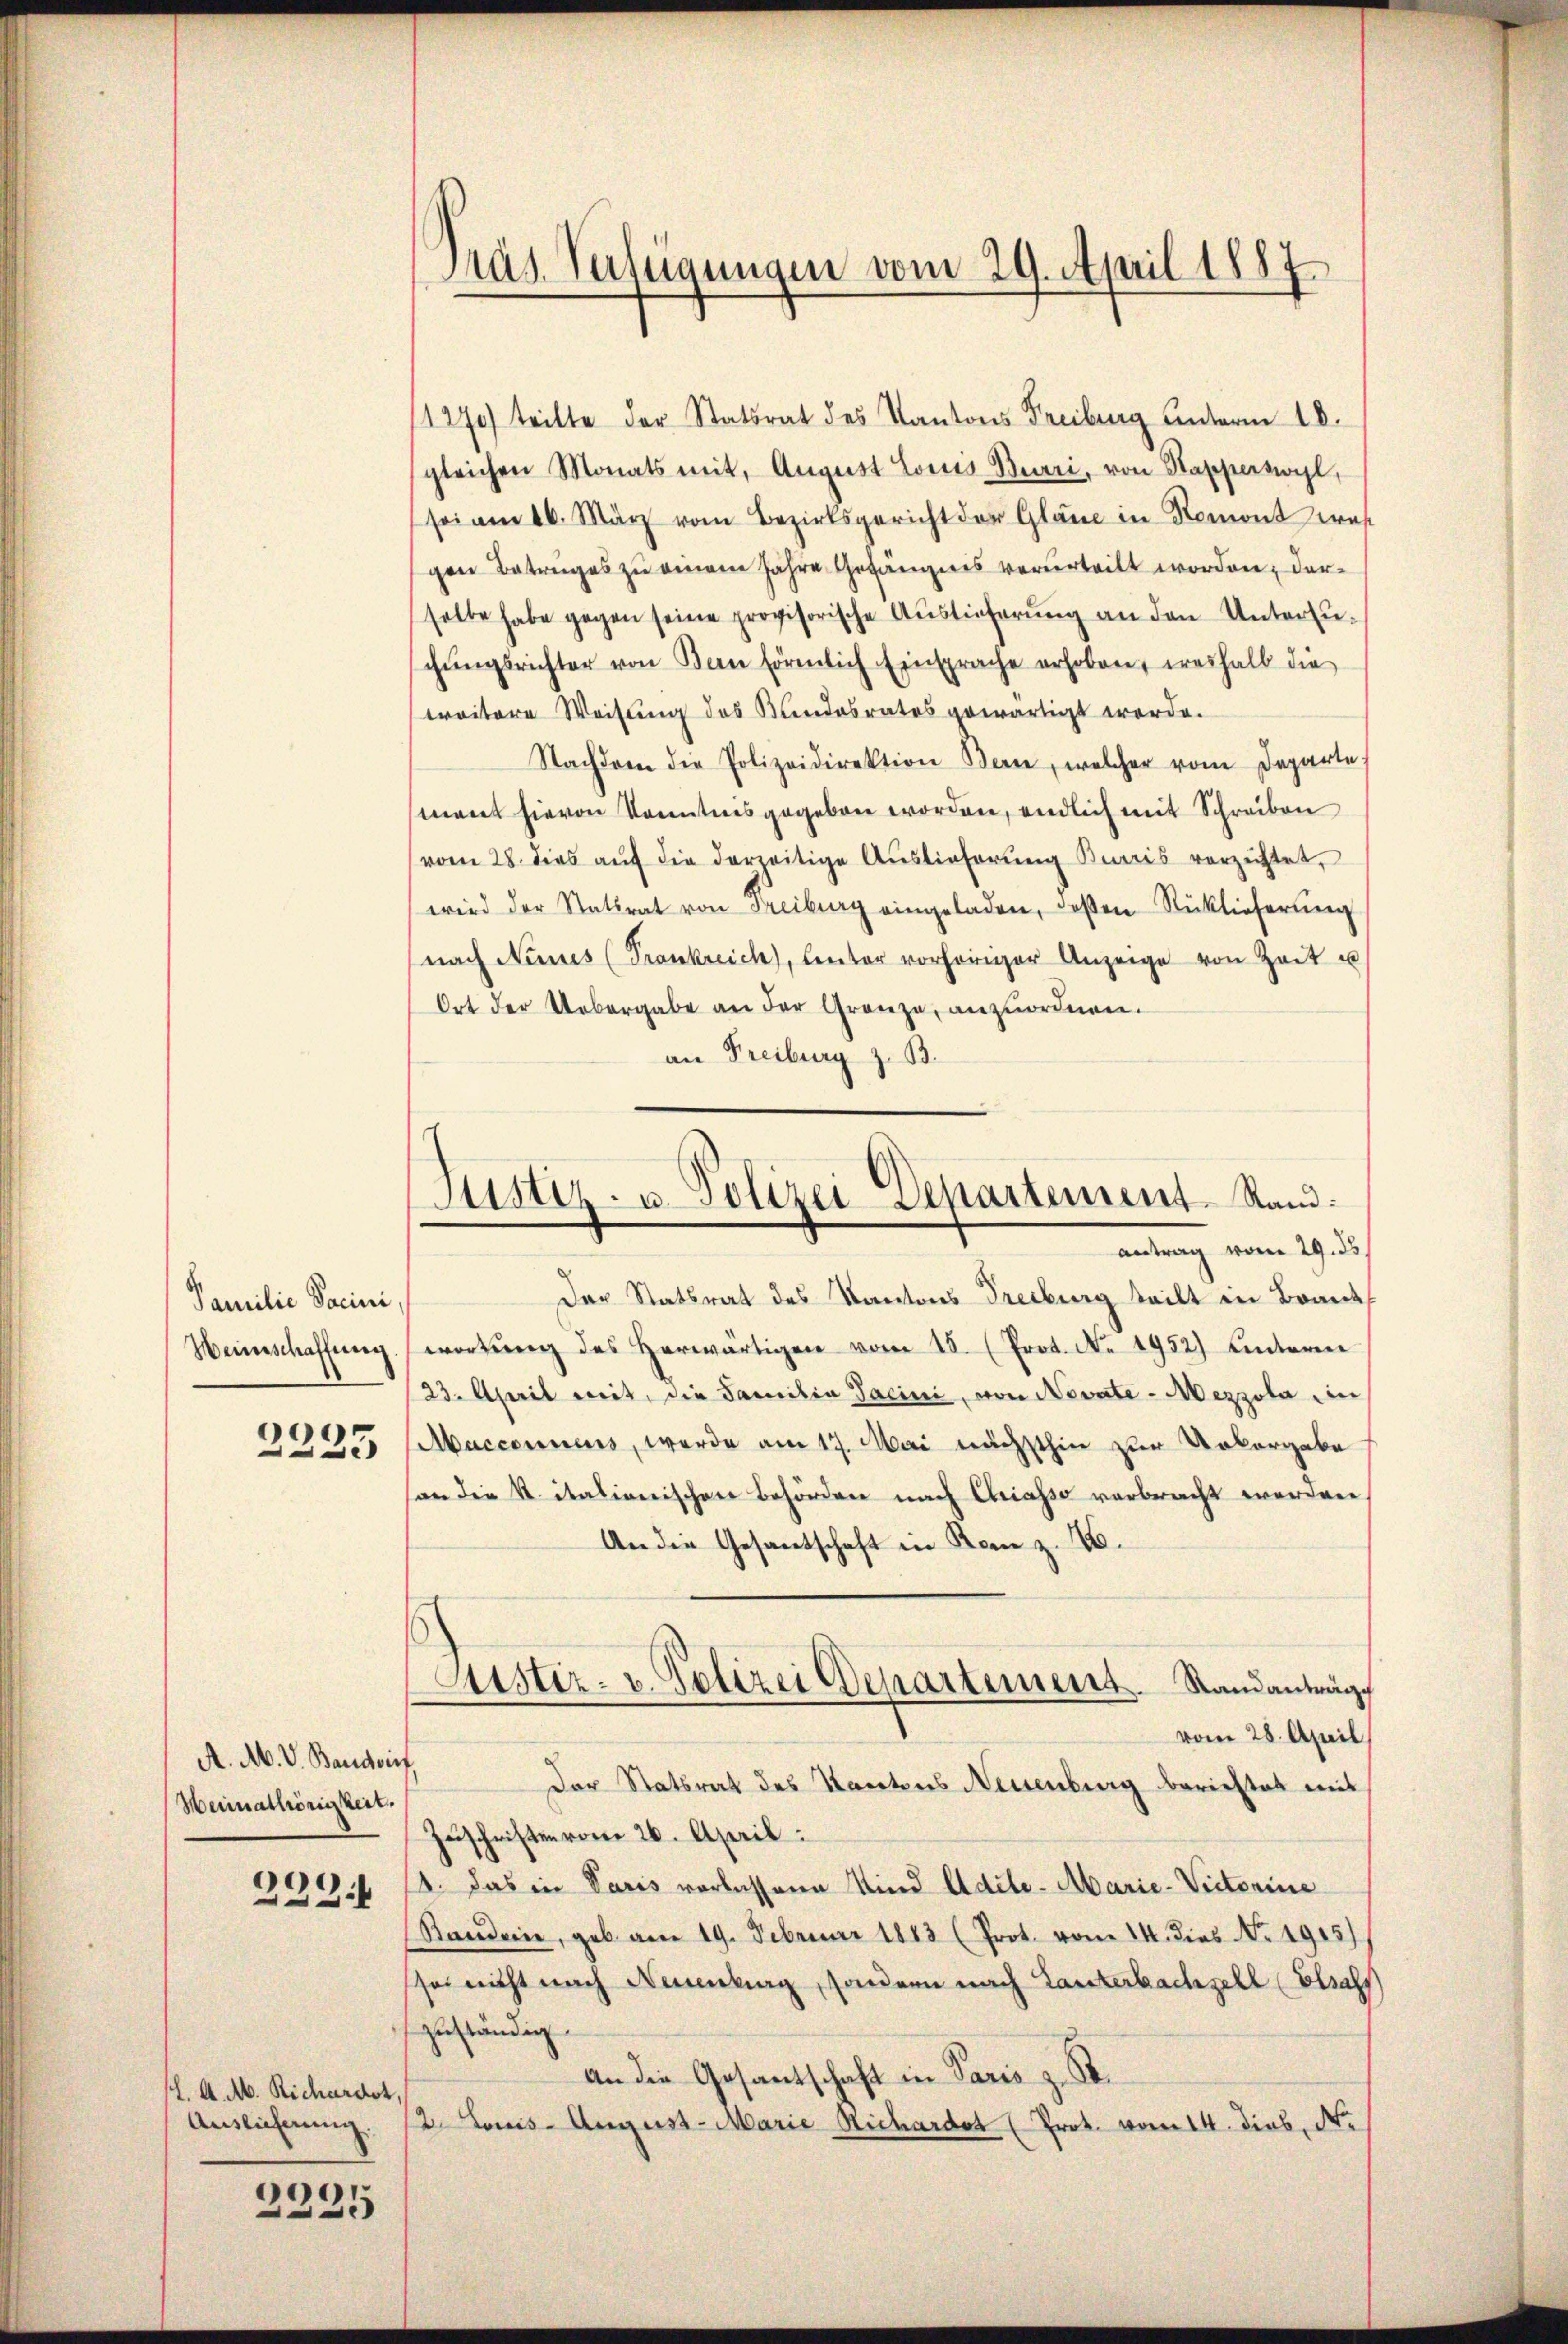
Familie Sacini,
Heinschaffung
2333

A. M. V. Baudois,
Heimathörigkeit.
229.

l. A. A. Richardot,
Auslicherung.

2235

11270) teilte der Statsrat des Kantons Freiburg unterm 10.
gleichen Monats mit, August Louis Burri, von Stapperswyl,
sei am 26. März vom Bezirksgericht der Glane in Romont was
gen Betrages zu einem Jahre Gefängnis verurteilt worden, dersolbe habe gegen seine provisorische Aŭstieferŭng an den Untersuchŭngsrichter von Bern förmlich Einsprache erhoben, weshalb die
weitere Weisung des Bundesrates gewärtigt werde.
Nachdem die Polizeidirektion Bern, welcher vom Departe
mant hievon Kenntnis gegeben worden, endlich mit Schreiben
vom 28. dies auf die derzeitige Auslieferung Birris verzichtet,
wird der Stattrat von Freiburg eingeladen, deßen Rücklieferung
nach Neues (Pronkreich, lenter vorhöriger Anzeige von Zeit u
Ort der Uebergabe an der Gränze, anzuordnen.
an Freiburg z. B.

Präs. Verfügungen vom 29. April 1887

Der Statsrat des Kantons Treiburg teilt in Brand
wortŭng des herwärtigen vom 15. (Prot. No. 1952) Unterm
23. April mit, die Familia Sacini, von Novata-Mezzola in
Abucconuens, werde am 17. Mai nächsthin zur Uebergabe
son die K. italionischen Behörden nach Chriasso verbracht worden
An die Gesantschaft in Rom z. 16.
vom 28. April
Der Statsrat des Kantons Neuenburg berichtet mit
Zuschriften vom 26. April:
. Das in Paris vorlassene Kind Adele-Marie-Victorine
Bandern, geb. am 19. Februar 1883 (Prot. vom 14. dies No. 1915)
sei nicht nach Neuenburg, sondern nach Lanterbachsehl (Elsass
zuständig.
An die Gesantschaft in Paris z. S.
2. Louis-August Marie Richardot (Prot. vom 14. Dieb. Nr.

Justiz- u. Polizei Departement Rand:
antrag vom 29. ds.

Atstiz- u. Polizei Departement. Standanträge